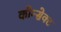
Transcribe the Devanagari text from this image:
कौन्सेक्ट